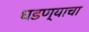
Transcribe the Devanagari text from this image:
घडण्याचा